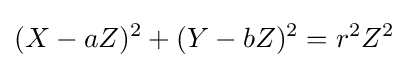
(X-aZ)^{2}+(Y-bZ)^{2}=r^{2}Z^{2}